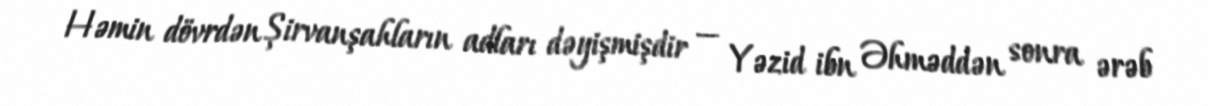
Həmin dövrdən Şirvanşahların adları dəyişmişdir — Yəzid ibn Əhməddən sonra ərəb